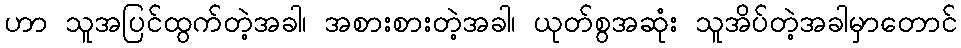
ဟာ သူအပြင်ထွက်တဲ့အခါ၊ အစားစားတဲ့အခါ၊ ယုတ်စွအဆုံး သူအိပ်တဲ့အခါမှာတောင်